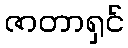
ဇာတာရှင်